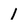
Character: 1